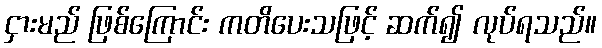
ငှားမည် ဖြစ်ကြောင်း ကတိပေးသဖြင့် ဆက်၍ လုပ်ရသည်။